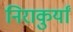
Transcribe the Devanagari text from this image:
निराकुर्यां